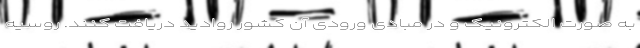
به صورت الکترونیک و در مبادی ورودی آن کشور روادید دریافت کنند. روسیه